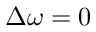
\Delta \omega = 0